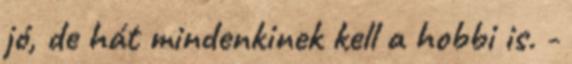
jó, de hát mindenkinek kell a hobbi is. -